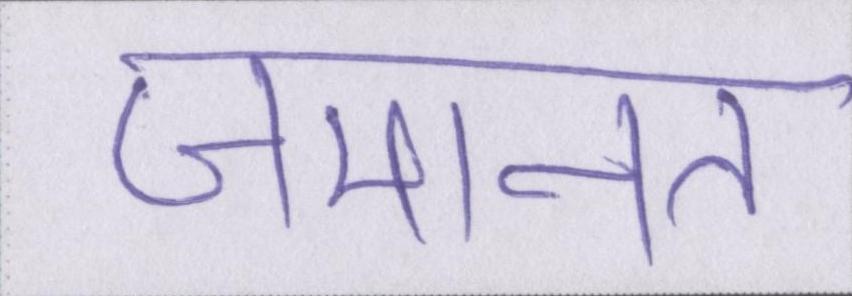
जमानत